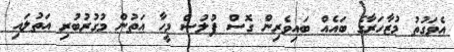
އެވަގުތު މުޒާހަރާގެ ބައެއް ބައިވެރިން ގޮސް ފުލުސް މީހާ އަތުން މުގުރުބުރި އަތުލައި